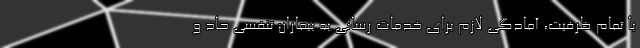
با تمام ظرفیت، آمادگی لازم برای خدمات رسانی به بیماران تنفسی حاد و